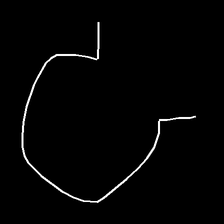
Glyph: weave